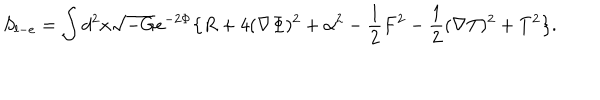
S _ { l - e } = \int d ^ { 2 } x \sqrt { - G } e ^ { - 2 \Phi } \big \{ R + 4 ( \nabla \Phi ) ^ { 2 } + \alpha ^ { 2 } - { \frac { 1 } { 2 } } F ^ { 2 } - { \frac { 1 } { 2 } } ( \nabla T ) ^ { 2 } + T ^ { 2 } \big \} .